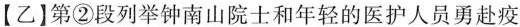
【乙]第②段列举钟南山院士和年轻的医护人员勇赴疫